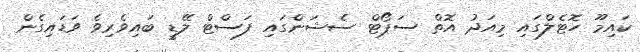
ކައިމޫ ހޮޓެލްގައި މިއަދު އޮތް ސަޕޯޓް ސެޝަންގައި ފަސްޓް ލޭޑީ ބައިވެރިވެ ވަޑައިގެން